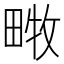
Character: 𤲧